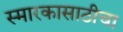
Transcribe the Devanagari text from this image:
स्मारकासाठीचा